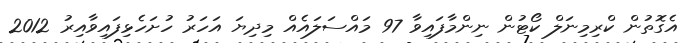
އެގޮތުން ކްރިމިނަލް ކޯޓުން ނިންމާފައިވާ 97 މައްސަލައެއް މިދިޔަ އަހަރު ހުށަހެޅިފައިވާއިރު 2012